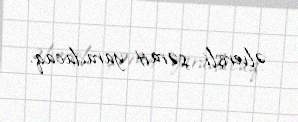
əlverişli şərait yaradacaq.